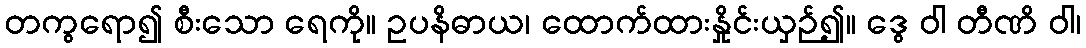
တကွရော၍ စီးသော ရေကို။ ဥပနိဓာယ၊ ထောက်ထားနှိုင်းယှဉ်၍။ ဒွေ ဝါ တီဏိ ဝါ၊